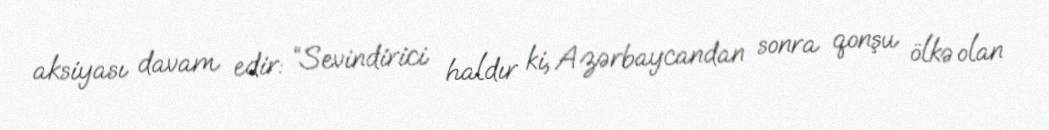
aksiyası davam edir: “Sevindirici haldır ki, Azərbaycandan sonra qonşu ölkə olan